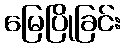
မြေပြိုခြင်း